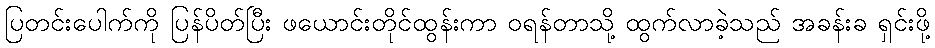
ပြတင်းပေါက်ကို ပြန်ပိတ်ပြီး ဖယောင်းတိုင်ထွန်းကာ ဝရန်တာသို့ ထွက်လာခဲ့သည် အခန်းခ ရှင်းဖို့